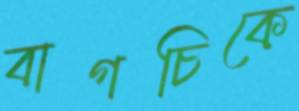
বাগচিকে